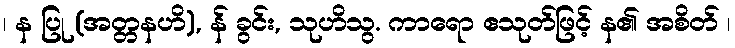
၊ န ပြု (အတ္တနဟိ), န် ခွင်း, သုဟိသွ. ကာရော ဧသုတ်ဖြင့် န၏ အစိတ် ၊